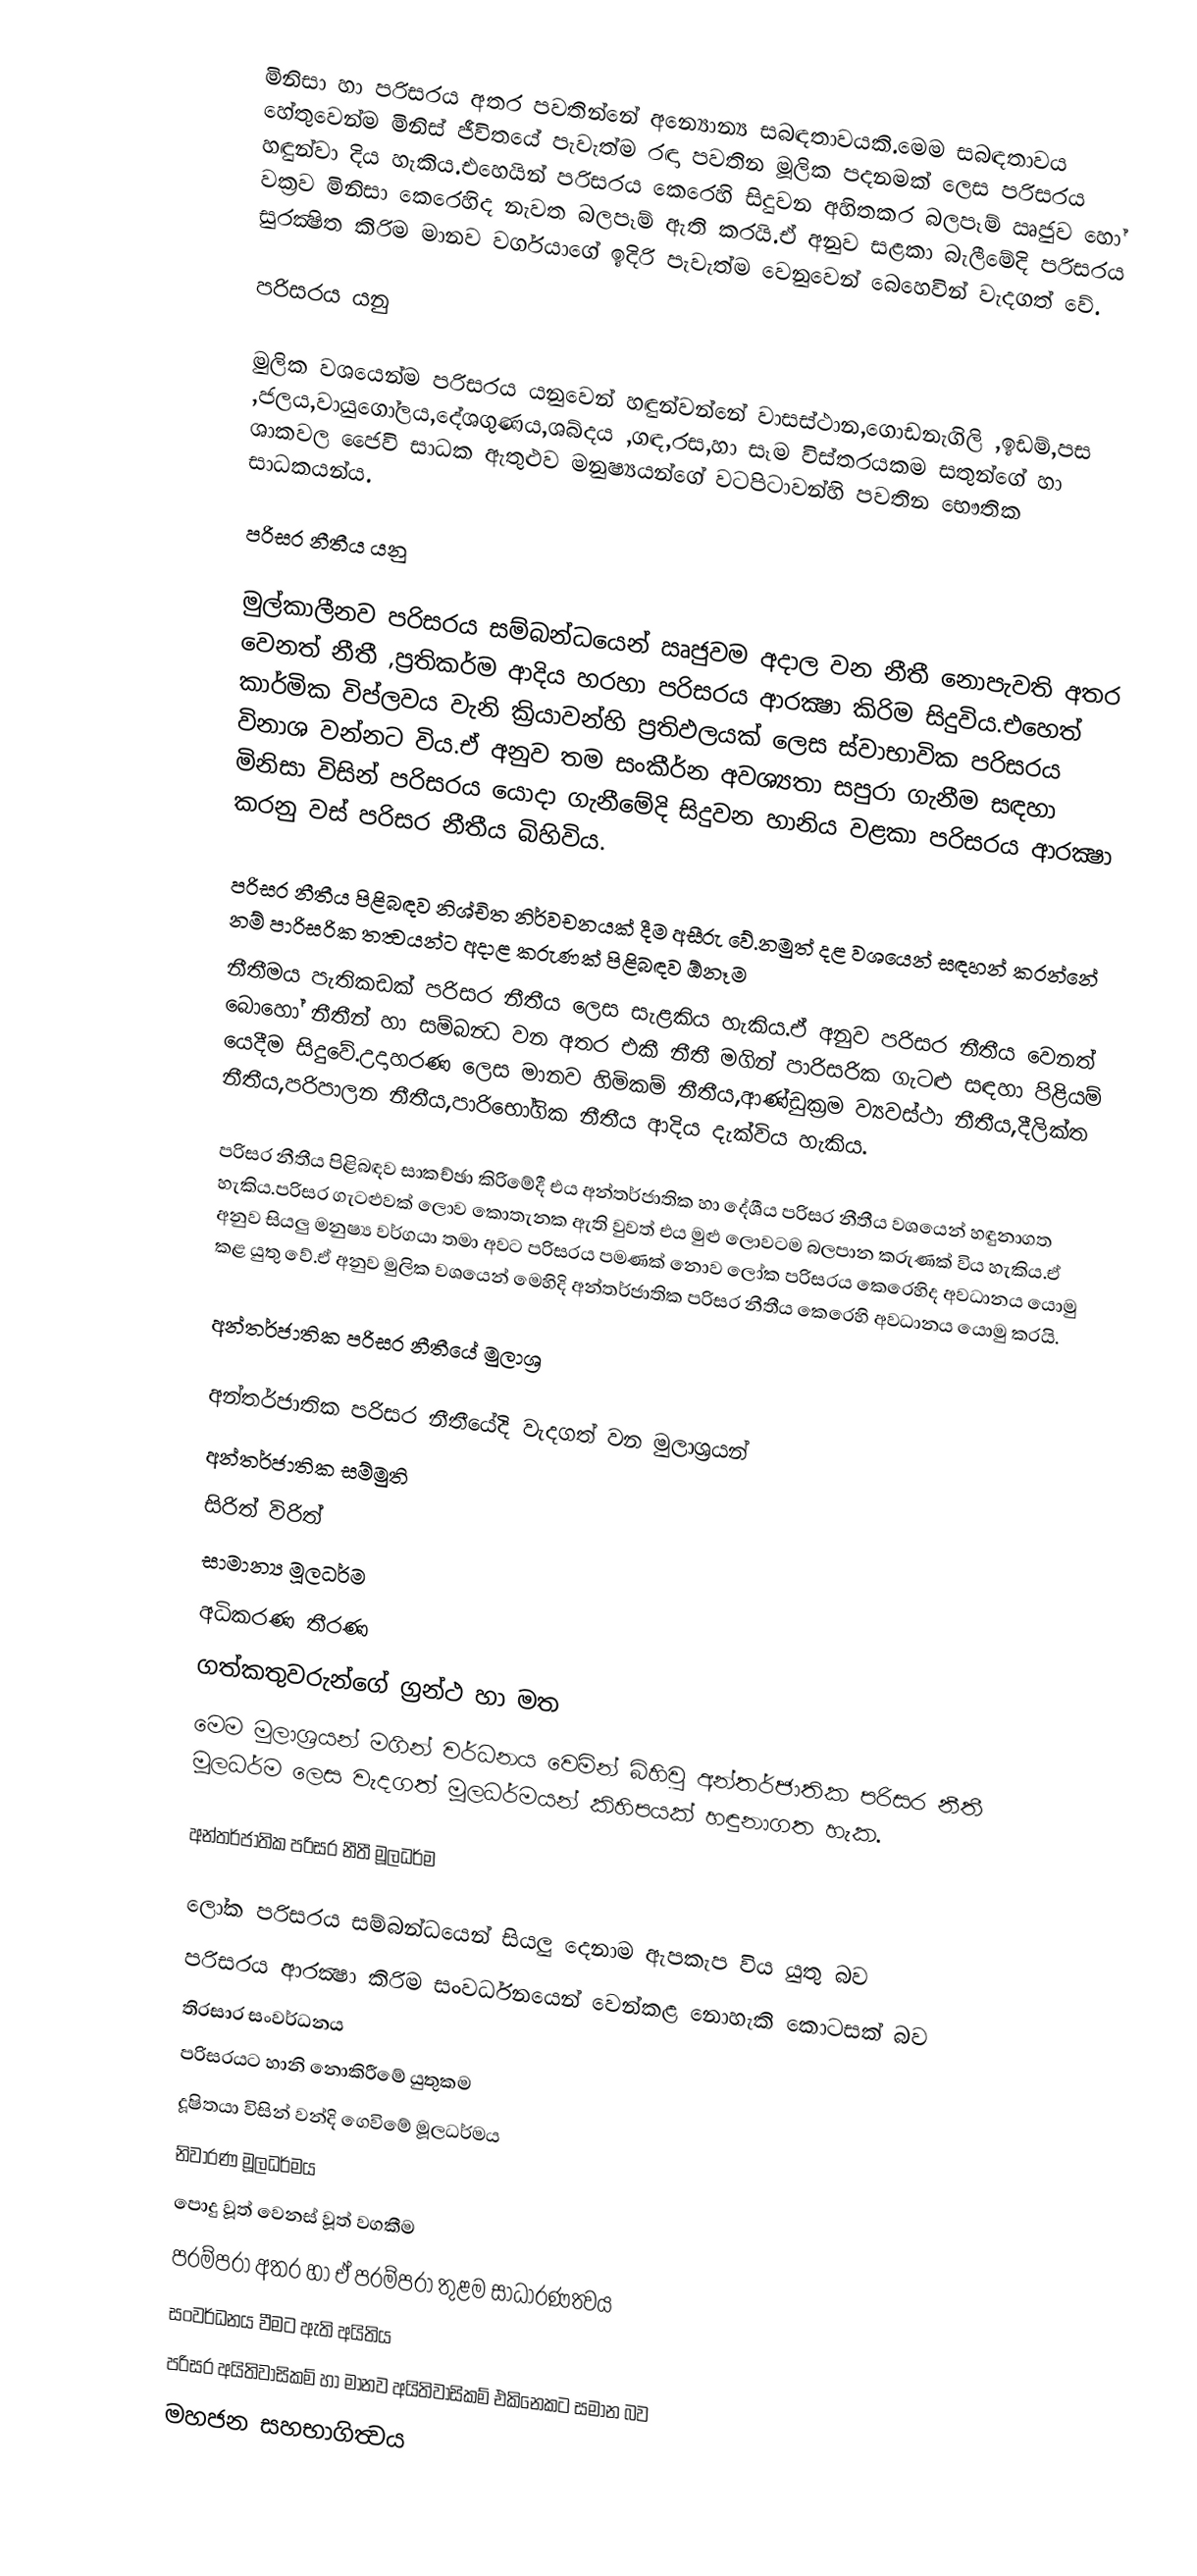
මිනිසා හා පරිසරය අතර පවතින්නේ අන්‍යොන්‍ය සබඳතාවයකි.මෙම සබඳතාවය හේතුවෙන්ම මිනිස් ජීවිතයේ පැවැත්ම රඳා පවතින මූලික පදනමක් ලෙස පරිසරය හඳුන්වා දිය හැකිය.එහෙයින් පරිසරය කෙරෙහි සිදුවන අහිතකර බලපෑම් ඍජුව හෝ වක්‍රව මිනිසා කෙරෙහිද නැවත බලපෑම් ඇති කරයි.ඒ අනුව සළකා බැලීමේදි පරිසරය සුරක්‍ෂිත කිරිම මානව වර්ගයාගේ ඉදිරි පැවැත්ම වෙනුවෙන් බෙහෙවින් වැදගත් වේ.

පරිසරය යනු

මුලික වශයෙන්ම පරිසරය යනුවෙන් හඳුන්වන්නේ වාසස්ථාන,ගොඩනැගිලි ,ඉඩම්,පස ,ජලය,වායුගෝලය,දේශගුණය,ශබ්දය ,ගඳ,රස,හා සෑම විස්තරයකම සතුන්ගේ හා ශාකවල ජෛවි සාධක ඇතුළුව මනුෂ්‍යයන්ගේ වටපිටාවන්හි පවතින භෞතික සාධකයන්ය.

පරිසර නීතීය යනු

මුල්කාලීනව පරිසරය සම්බන්ධයෙන් ඍජුවම අදාල වන නීතී නොපැවති අතර වෙනත් නීතී ,ප්‍රතිකර්ම ආදිය හරහා පරිසරය ආරක්‍ෂා කිරිම සිදුවිය.එහෙත් කාර්මික විප්ලවය වැනි ක්‍රියාවන්හි ප්‍රතිඵලයක් ලෙස ස්වාභාවික පරිසරය විනාශ වන්නට විය.ඒ අනුව  තම සංකීර්න අවශ්‍යතා සපුරා ගැනීම සඳහා මිනිසා විසින් පරිසරය යොදා ගැනීමේදි සිදුවන හානිය වළකා පරිසරය ආරක්‍ෂා කරනු වස් පරිසර නීතීය බිහිවිය.

පරිසර නීතීය පිළිබඳව නිශ්චිත නිර්වචනයක් දීම අසීරු වේ.නමුත් දළ වශයෙන් සඳහන් කරන්නේ නම් පාරිසරික තත්‍වයන්ට අදාළ කරුණක් පිළිබඳව ඕනෑම
නීතීමය පැතිකඩක් පරිසර නීතීය ලෙස සැළකිය හැකිය.ඒ අනුව  පරිසර නීතීය වෙනත් බොහෝ නීතීන් හා සම්බන්‍ධ වන අතර එකී නීතී මගින්  පාරිසරික ගැටළු සඳහා පිළියම් යෙදීම සිදුවේ.උදාහරණ ලෙස මානව හිමිකම් නීතීය,ආණ්ඩුක්‍රම ව්‍යවස්ථා නීතීය,දීලික්ත නීතීය,පරිපාලන නීතීය,පාරිභෝගික නීතීය ආදිය දැක්විය හැකිය.

පරිසර නීතීය පිළිබඳව සාකච්ඡා කිරිමේදී එය අන්තර්ජාතික හා දේශීය පරිසර නීතීය වශයෙන් හඳුනාගත හැකිය.පරිසර ගැටළුවක් ලොව කොතැනක ඇති වුවත් එය මුළු ලොවටම බලපාන කරුණක් විය හැකිය.ඒ අනුව සියලු මනුෂ්‍ය වර්ගයා තමා අවට පරිසරය පමණක් නොව ලෝක පරිසරය කෙරෙහිද අවධානය යොමු කළ යුතු වේ.ඒ අනුව මුලික වශයෙන් මෙහිදි අන්තර්ජාතික පරිසර නීතීය කෙරෙහි අවධානය යොමු කරයි.

අන්තර්ජාතික පරිසර  නීතීයේ මුලාශ්‍ර

අන්තර්ජාතික පරිසර  නීතීයේදි වැදගත් වන මුලාශ්‍රයන්
අන්තර්ජාතික සම්මුති
සිරිත් විරිත්
සාමාන්‍ය මූලධර්ම
අධිකරණ තීරණ
ගත්කතුවරුන්ගේ ග්‍රන්ථ හා මත
මෙම මුලාශ්‍රයන් මගින් වර්ධනය වෙමින් බිහිවු   අන්තර්ජාතික පරිසර නීතී මූලධර්ම ලෙස වැදගත් මූලධර්මයන් කිහිපයක් හඳුනාගත හැක.

අන්තර්ජාතික පරිසර නීතී මූලධර්ම

ලෝක පරිසරය සම්බන්ධයෙන් සියලු දෙනාම ඇපකැප විය යුතු බව
පරිසරය ආරක්‍ෂා කිරිම සංවර්ධනයෙන් වෙන්කළ නොහැකි කොටසක් බව
තිරසාර සංවර්ධනය
පරිසරයට හානි නොකිරීමේ යුතුකම
දූෂිතයා විසින් වන්දි ගෙවිමේ මූලධර්මය
නිවාරණ මූලධර්මය
පොදු වූත් වෙනස් වූත් වගකීම
පරම්පරා අතර හා ඒ පරම්පරා තුළම සාධාරණත්‍වය
සංවර්ධනය වීමට ඇති අයිතිය
පරිසර අයිතිවාසිකම්  හා මානව අයිතිවාසිකම් එකිනෙකට සමාන බව
මහජන සහභාගිත්‍වය